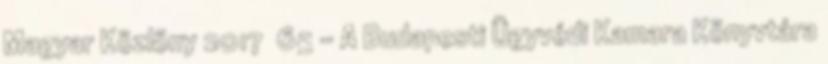
Magyar Közlöny 2017 65 – A Budapesti Ügyvédi Kamara Könyvtára